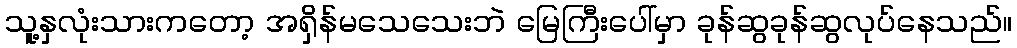
သူ့နှလုံးသားကတော့ အရှိန်မသေသေးဘဲ မြေကြီးပေါ်မှာ ခုန်ဆွခုန်ဆွလုပ်နေသည်။